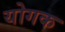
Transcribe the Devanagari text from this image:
योगक